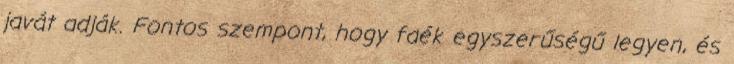
javát adják. Fontos szempont, hogy faék egyszerűségű legyen, és